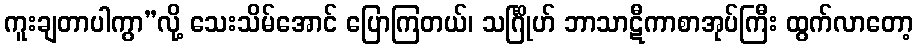
ကူးချတာပါကွာ”လို့ သေးသိမ်အောင် ပြောကြတယ်၊ သင်္ဂြိုဟ် ဘာသာဋီကာစာအုပ်ကြီး ထွက်လာတော့